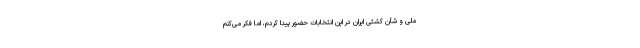
ملی و شأن کشتی ایران در این انتخابات حضور پیدا کردم، اما فکر می‌کنم